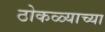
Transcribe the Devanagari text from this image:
ठोकळ्याच्या